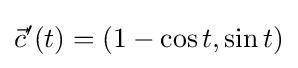
{\vec {c}}'(t)=(1-\cos t,\sin t)